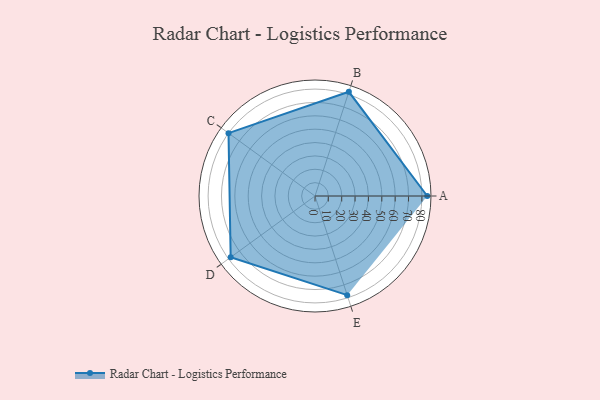
{"axis": {"x": "Skill", "y": "Score"}, "legend": ["Profile"], "data": [{"x": "A", "y": 84.0, "type": "Profile"}, {"x": "B", "y": 82.0, "type": "Profile"}, {"x": "C", "y": 80.0, "type": "Profile"}, {"x": "D", "y": 78.0, "type": "Profile"}, {"x": "E", "y": 78.0, "type": "Profile"}]}